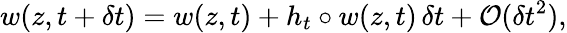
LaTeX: w(z,t+\delta t)=w(z,t)+h_{t}\circ w(z,t)\, \delta t+\mathcal{O}(\delta t^{2}),